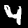
Digit: 4